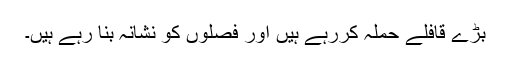
بڑے قافلے حملہ کررہے ہیں اور فصلوں کو نشانہ بنا رہے ہیں۔